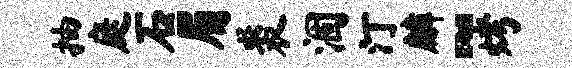
抽庭石眉裘涸汀麟~烤